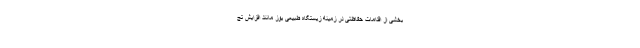
بخشی از اقدامات حفاظتی در زمینه زیستگاه طبیعی یوز مانند افزایش تج